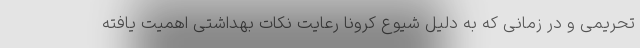
تحریمی و در زمانی که به دلیل شیوع کرونا رعایت نکات بهداشتی اهمیت یافته